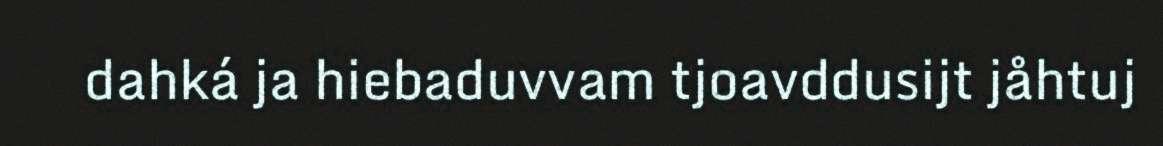
dahká ja hiebaduvvam tjoavddusijt jåhtuj